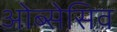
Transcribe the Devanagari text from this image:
ओब्सेसिव